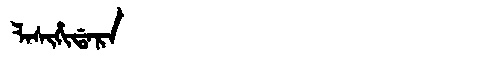
Manchu: ᠯᠠᠰᡳᡥᡳᡩᠠᡵᠠ
Romanization: LASIHIDARA